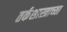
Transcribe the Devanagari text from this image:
तर्कशास्त्राच्या